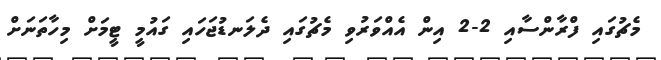
މެޗުގައި ފްރާންސާއި 2-2 އިން އެއްވަރުވި މެޗުގައި ދެލަނޑުޖަހައި ގައުމީ ޓީމަށް މިހާތަނަށް